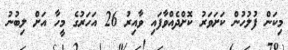
މިކަން ފުލުހުން ކަށަވަރު ކޮށްދެއްވާފައި ވާއިރު 26 އަހަރުގެ މީހާ އަށް ލިބުނު